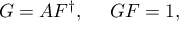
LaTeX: { \cal G } = A { \cal F } ^ { \dag } , ~ ~ ~ ~ { \cal G } { \cal F } = 1 ,